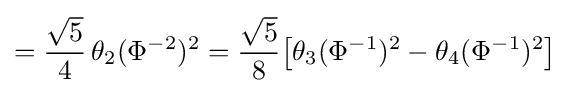
={\frac {\sqrt {5}}{4}}\,\theta _{2}(\Phi ^{-2})^{2}={\frac {\sqrt {5}}{8}}{\bigl [}\theta _{3}(\Phi ^{-1})^{2}-\theta _{4}(\Phi ^{-1})^{2}{\bigr ]}